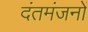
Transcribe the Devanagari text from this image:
दंतमंजनों